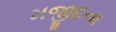
મજીદના